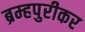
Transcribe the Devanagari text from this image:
ब्रम्हपुरीकर